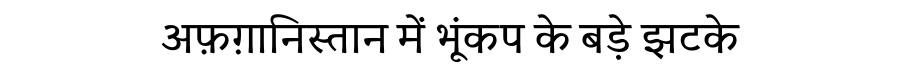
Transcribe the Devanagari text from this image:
अफ़ग़ानिस्तान में भूंकप के बड़े झटके